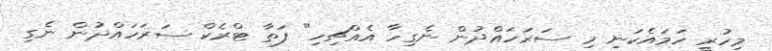
މިހުރީ ހަމައެކަނި މި ސަރަހައްދުން ނެގިހާ އެއްޗިހި" ފަތާ ޓްރެކް ސަރަހައްދުން ނެގި